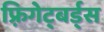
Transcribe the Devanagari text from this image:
फ़्रिगेट्बर्ड्स